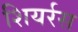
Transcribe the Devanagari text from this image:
शियर्रस